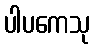
ပါပကေသု